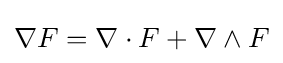
\nabla F=\nabla \cdot F+\nabla \wedge F